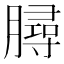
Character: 𦠅